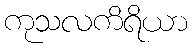
ကုသလကိရိယာ